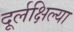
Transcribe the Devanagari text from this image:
दूर्लक्षिल्या